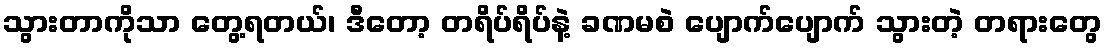
သွားတာကိုသာ တွေ့ရတယ်၊ ဒီတော့ တရိပ်ရိပ်နဲ့ ခဏမစဲ ပျောက်ပျောက် သွားတဲ့ တရားတွေ